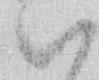
ハ